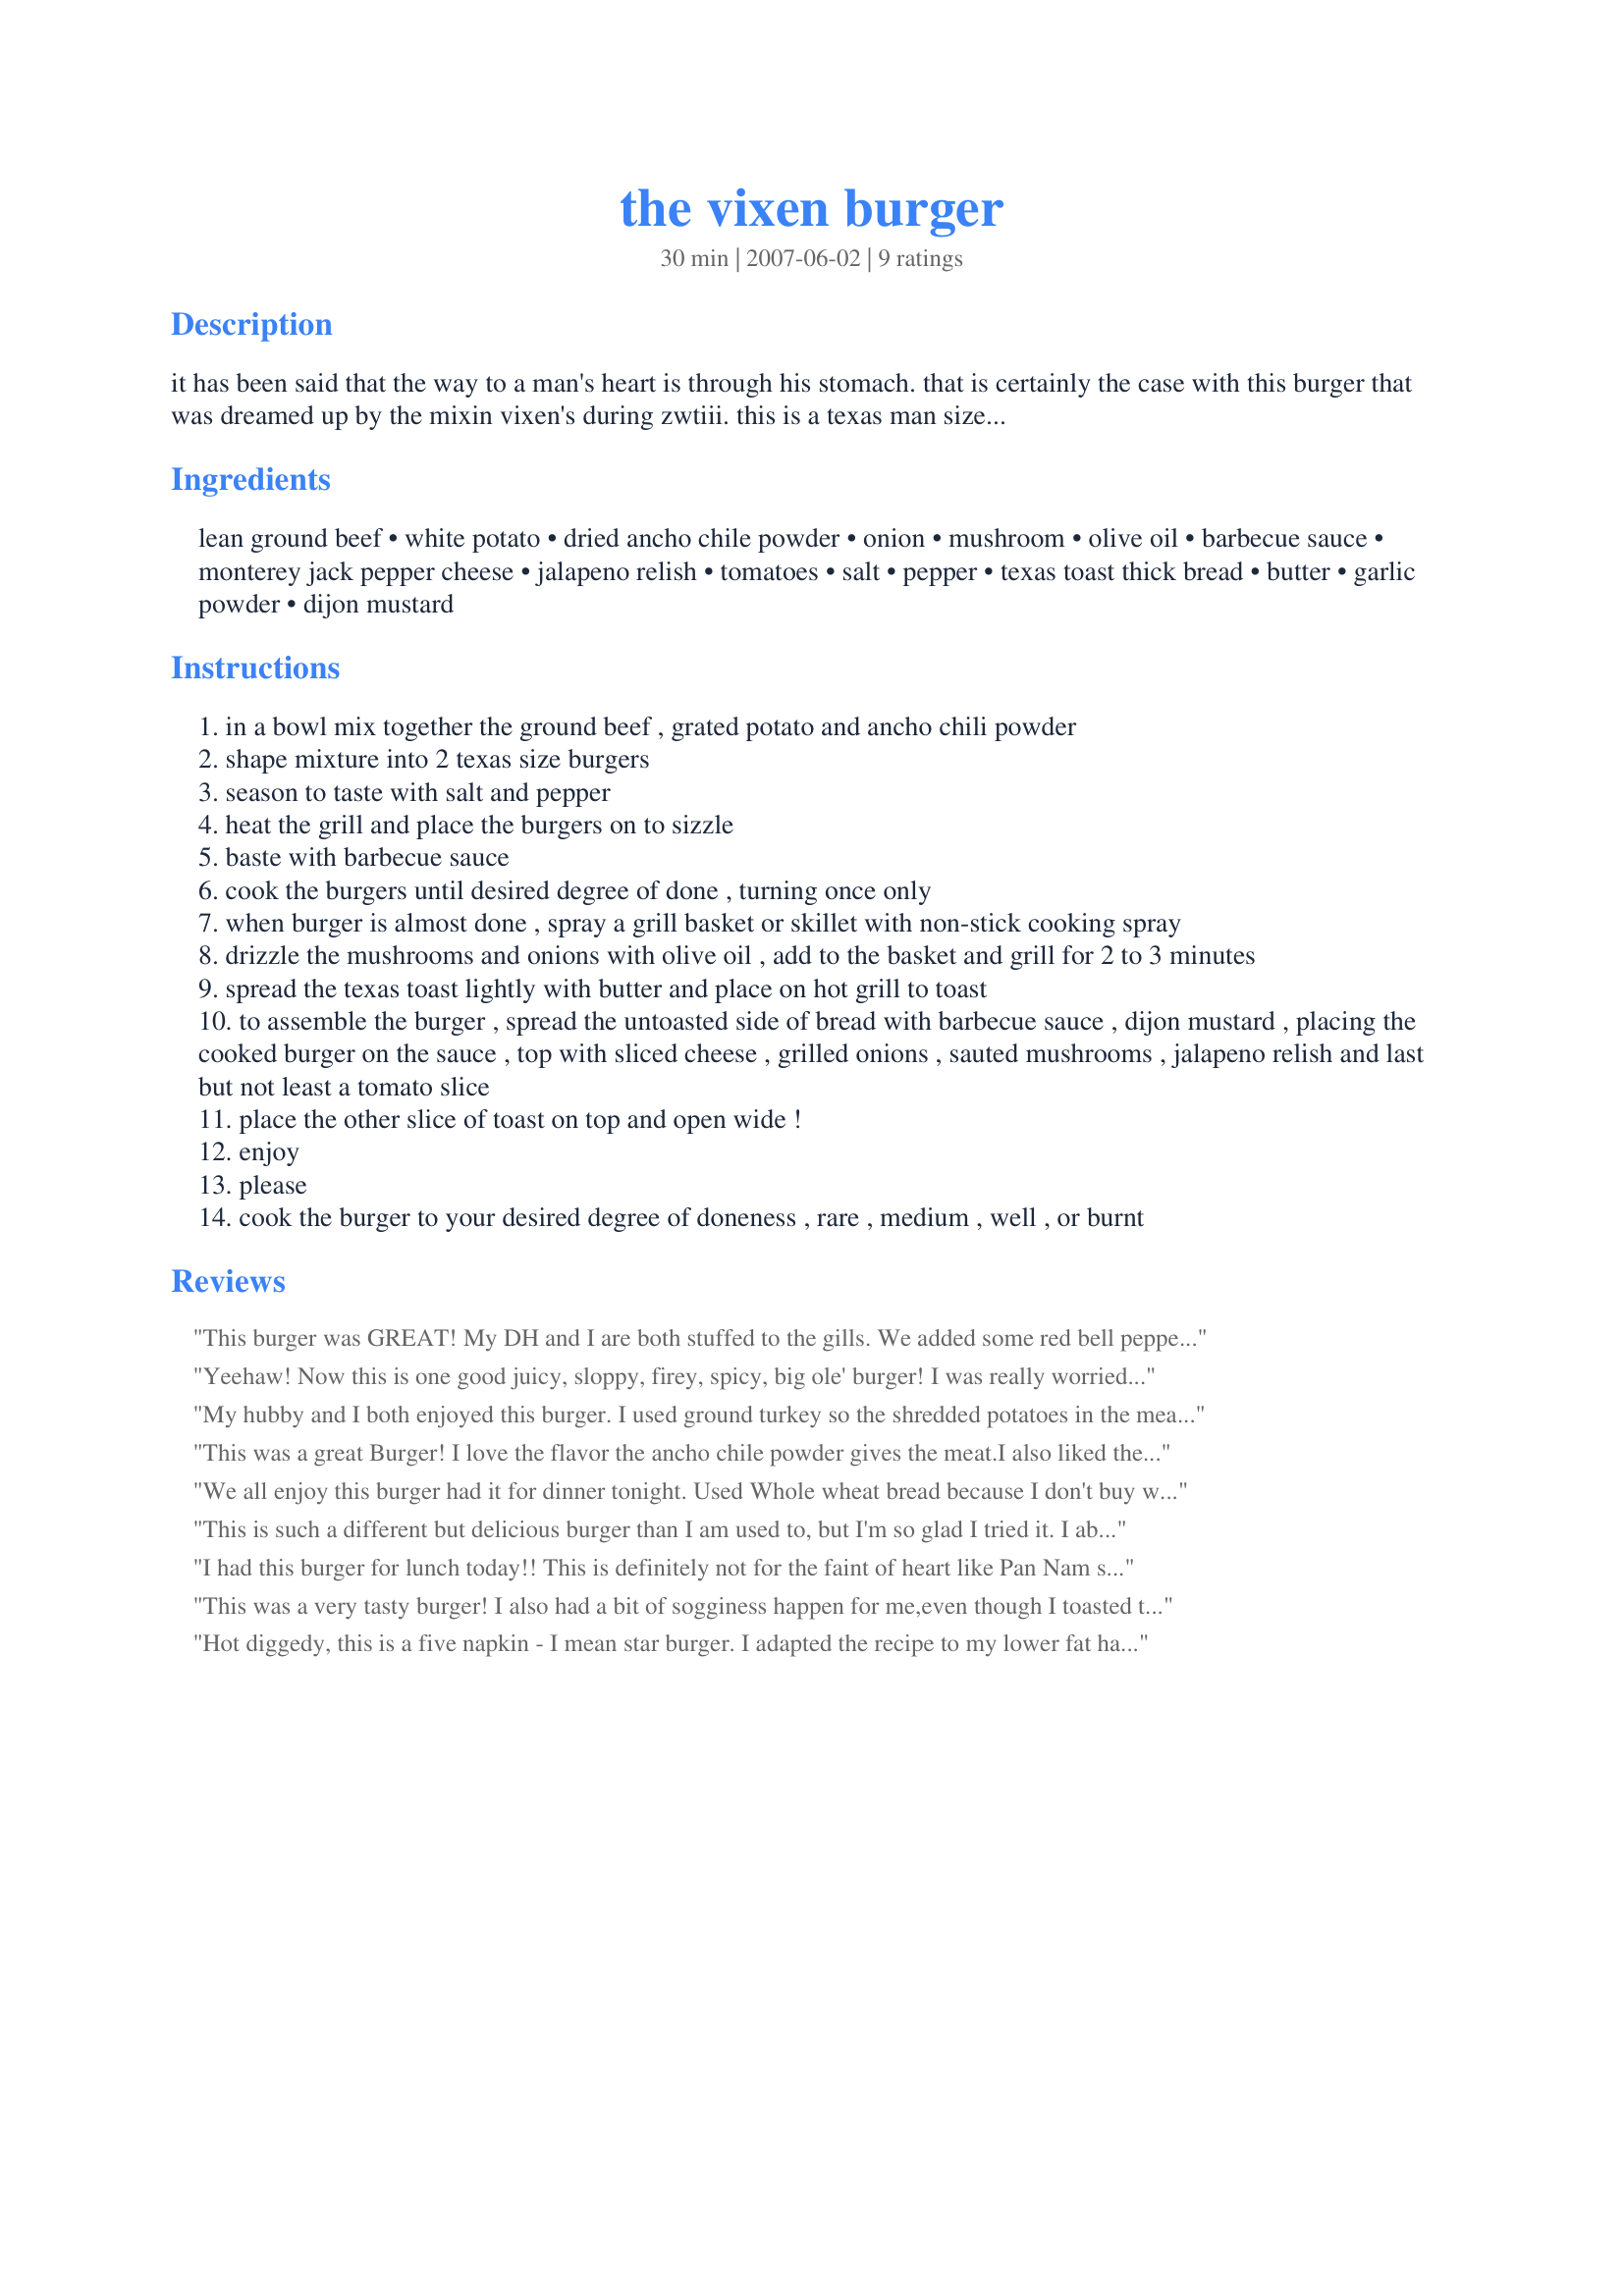
the vixen burger
Preparation time: 30 minutes

it has been said that the way to a man's heart is through his stomach. that is certainly the case with this burger that was dreamed up by the mixin vixen's during zwtiii. this is a texas man size burger that is sure to please. it makes a fantastic starlight meal on the trail for 2 accompanied with home fries and cowboy beans. enjoy because we sure had fun developing it!

Ingredients:
lean ground beef, white potato, dried ancho chile powder, onion, mushroom, olive oil, barbecue sauce, monterey jack pepper cheese, jalapeno relish, tomatoes, salt, pepper, texas toast thick bread, butter, garlic powder, dijon mustard

Steps:
in a bowl mix together the ground beef , grated potato and ancho chili powder
shape mixture into 2 texas size burgers
season to taste with salt and pepper
heat the grill and place the burgers on to sizzle
baste with barbecue sauce
cook the burgers until desired degree of done , turning once only
when burger is almost done , spray a grill basket or skillet with non-stick cooking spray
drizzle the mushrooms and onions with olive oil , add to the basket and grill for 2 to 3 minutes
spread the texas toast lightly with butter and place on hot grill to toast
to assemble the burger , spread the untoasted side of bread with barbecue sauce , dijon mustard , placing the cooked burger on the sauce , top with sliced cheese , grilled onions , sauted mushrooms , jalapeno relish and last but not least a tomato slice
place the other slice of toast on top and open wide !
enjoy
please
cook the burger to your desired degree of doneness , rare , medium , well , or burnt

Reviews:
This burger was GREAT! My DH and I are both stuffed to the gills. We added some red bell pepper to the mushrooms and I also sauteed them inside in butter. We had no sogginess in the burgers at all. The chili powder was an awesome touch!
All we hadf was sliced jalapenos, and I thought they worked very well. Definitely going to be making this again.
Yeehaw! Now this is one good juicy, sloppy, firey, spicy, big ole' burger! I was really worried that this would be "over the top", but all these different layers of spice and strong flavor worked amazingly well together. Warning - it's definitely not for the faint of heart. It doesn't hurt to have a tall glass of milk nearby to tame the heat. I might try using a large bun next time - the bread absorbed a lot of the juiciness and by the time I got to the end of the burger it was pretty soggy. It has a perfect name - definitely a Vixen Burger. Thanks for the treat Mixen Vixens!
My hubby and I both enjoyed this burger. I used ground turkey so the shredded potatoes in the meat was a really nice binder. I read the comments on the soggyness and rung the shredded potatoes of any water before adding I also added the dijon and fresh Jalepeno to the meat. Thanks for a new twist way to make a burger!
This was a great Burger! I love the flavor the ancho chile powder gives the meat.I also liked the combination of the mushrooms with the pepper jack cheese. I adapted this to the stovetop as I was too lazy to light the grill! All in all a burger worthy of a Vixen!
We all enjoy this burger had it for dinner tonight. Used Whole wheat bread because I don't buy white anymore. I toasted both side because PanNan had mentioned soggy. I had the same problem toward the end of the burger but the beginning was great. Thank you.
This is such a different but delicious burger than I am used to, but I'm so glad I tried it. I absolutely love its spiciness - I did use about 3 tablespoons of the jalapeno which was just right for us. I only made 2 servings for my DH and I and served our kids a more "tamer" burger. These are very filling and very moist. A great creation Mixen Vixens.
I had this burger for lunch today!! This is definitely not for the faint of heart like Pan Nam said, a little tooo spicey for me, and I cut back on ancho chile powder and didn't use the jalapeno relish. I loved the added potatoes and onion to the burger. I couldn't really taste the bbq sauce. I used regular mustard and loved the garlic toasted buns. Great burger!!!!
This was a very tasty burger! I also had a bit of sogginess happen for me,even though I toasted the bread.I love using the ancho chile powder in the burger, and I love the mushrooms and onions! Good job Guys!
Hot diggedy, this is a five napkin - I mean star burger. I adapted the recipe to my lower fat habits (plus indoor cooking) and the results were scrumptious. My main substitutions were to cook the onions and mushrooms with butter flavored cooking spray. Same for the treatment of the bread - a 2pt bun in my case. There are a lot of different flavors here but they do work well together. Would have never considered mixing BBQ sauce with mushrooms until now. Be forewarned, the burger is huge and messy. Couldn't finish it but enjoyed trying. Thanks my Vixen friends.
